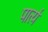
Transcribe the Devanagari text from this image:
पार्त्य